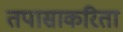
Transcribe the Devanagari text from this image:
तपासाकरिता